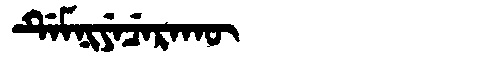
Manchu: ᡩᡝᠮᠨᡳᠶᡝᠴᡝᡵᠠᡴᡡ
Romanization: DEMNIYECERAKŪ